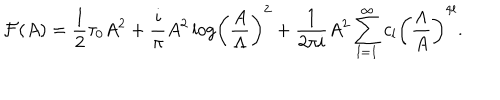
{ \cal F } ( A ) = { \frac { 1 } { 2 } } \tau _ { 0 } A ^ { 2 } + { \frac { i } { \pi } } A ^ { 2 } \log \biggl ( { \frac { A } { \Lambda } } \biggr ) ^ { 2 } + { \frac { 1 } { 2 \pi i } } A ^ { 2 } \sum _ { l = 1 } ^ { \infty } c _ { l } \biggl ( { \frac { \Lambda } { A } } \biggr ) ^ { 4 l } .